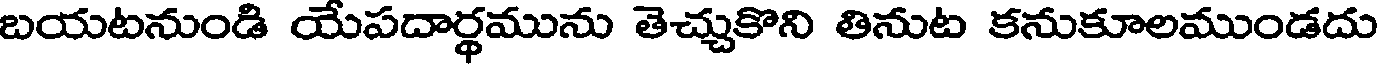
బయటనుండి యేపదార్థమును తెచ్చుకొని తినుట కనుకూలముండదు